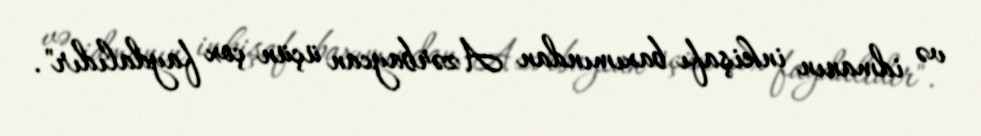
və idmanın inkişafı baxımından Azərbaycan üçün çox faydalıdır".